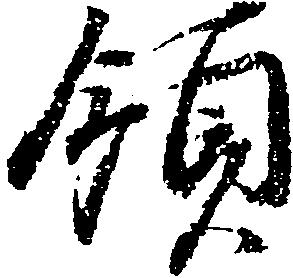
領